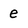
Character: e